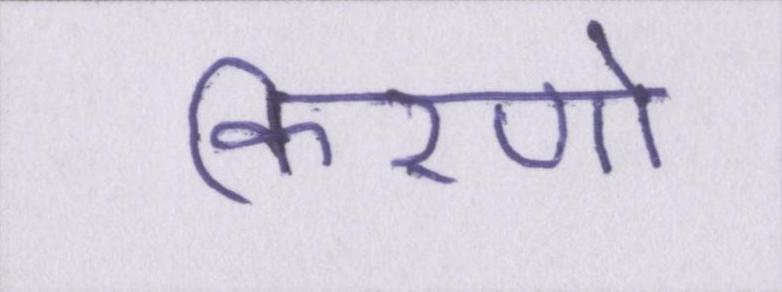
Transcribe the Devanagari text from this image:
किरणो